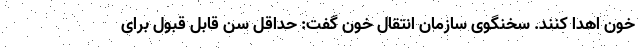
خون اهدا کنند. سخنگوی سازمان انتقال خون گفت: حداقل سن قابل قبول برای